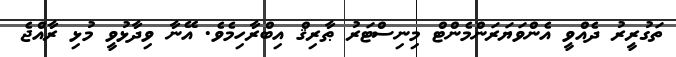
ތަގުރީރު ދެއްވީ އެންވަޔަރަންމެންޓް މިނިސްޓަރު ޠާރިޤް އިބްރާހިމެވެ. އޭނާ ވިދާޅުވީ މުޅި ރާއްޖެ